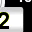
Digit: 2